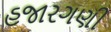
હજારગણી